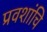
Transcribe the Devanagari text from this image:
प्रवशांचि